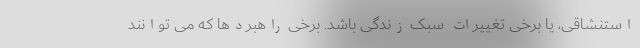
استنشاقی، یا برخی تغییرات سبک زندگی باشد. برخی راهبردها که می توانند